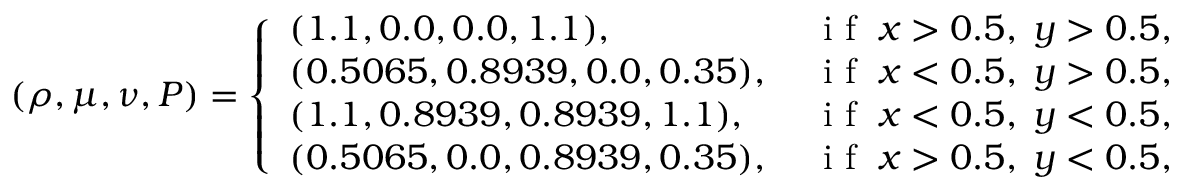
( \rho , \mu , \nu , P ) = \left\{ \begin{array} { l l } { ( 1 . 1 , 0 . 0 , 0 . 0 , 1 . 1 ) , \; } & { \mathrm { ~ i ~ f ~ } \; x > 0 . 5 , \; y > 0 . 5 , } \\ { ( 0 . 5 0 6 5 , 0 . 8 9 3 9 , 0 . 0 , 0 . 3 5 ) , \; } & { \mathrm { ~ i ~ f ~ } \; x < 0 . 5 , \; y > 0 . 5 , } \\ { ( 1 . 1 , 0 . 8 9 3 9 , 0 . 8 9 3 9 , 1 . 1 ) , \; } & { \mathrm { ~ i ~ f ~ } \; x < 0 . 5 , \; y < 0 . 5 , } \\ { ( 0 . 5 0 6 5 , 0 . 0 , 0 . 8 9 3 9 , 0 . 3 5 ) , \; } & { \mathrm { ~ i ~ f ~ } \; x > 0 . 5 , \; y < 0 . 5 , } \end{array} \right.